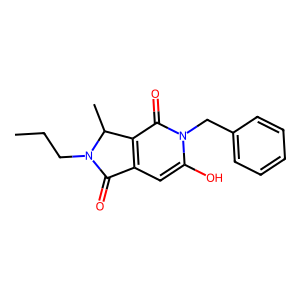
SMILES: CCCN1C(=O)c2cc(O)n(Cc3ccccc3)c(=O)c2C1C
Inhibits HIV replication: No